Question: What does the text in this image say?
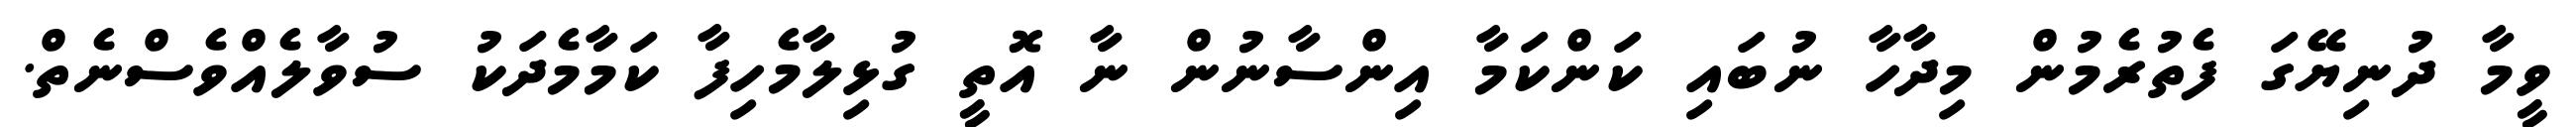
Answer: ވީމާ ދުނިޔޭގަ ފެތުރެމުން މިދާހާ ނުބައި ކަންކަމާ އިންސާނުން ނާ އޮތީ ގުޅިލާމެހިފާ ކަމާމެދަކު ސުވާލެއްވެސްނެތް.